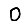
Digit: 0